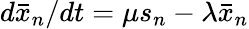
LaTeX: d\bar{x}_{n}/dt=\mu s_{n}-\lambda\bar{x}_{n}